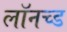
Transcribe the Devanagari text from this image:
लॉनच्ड